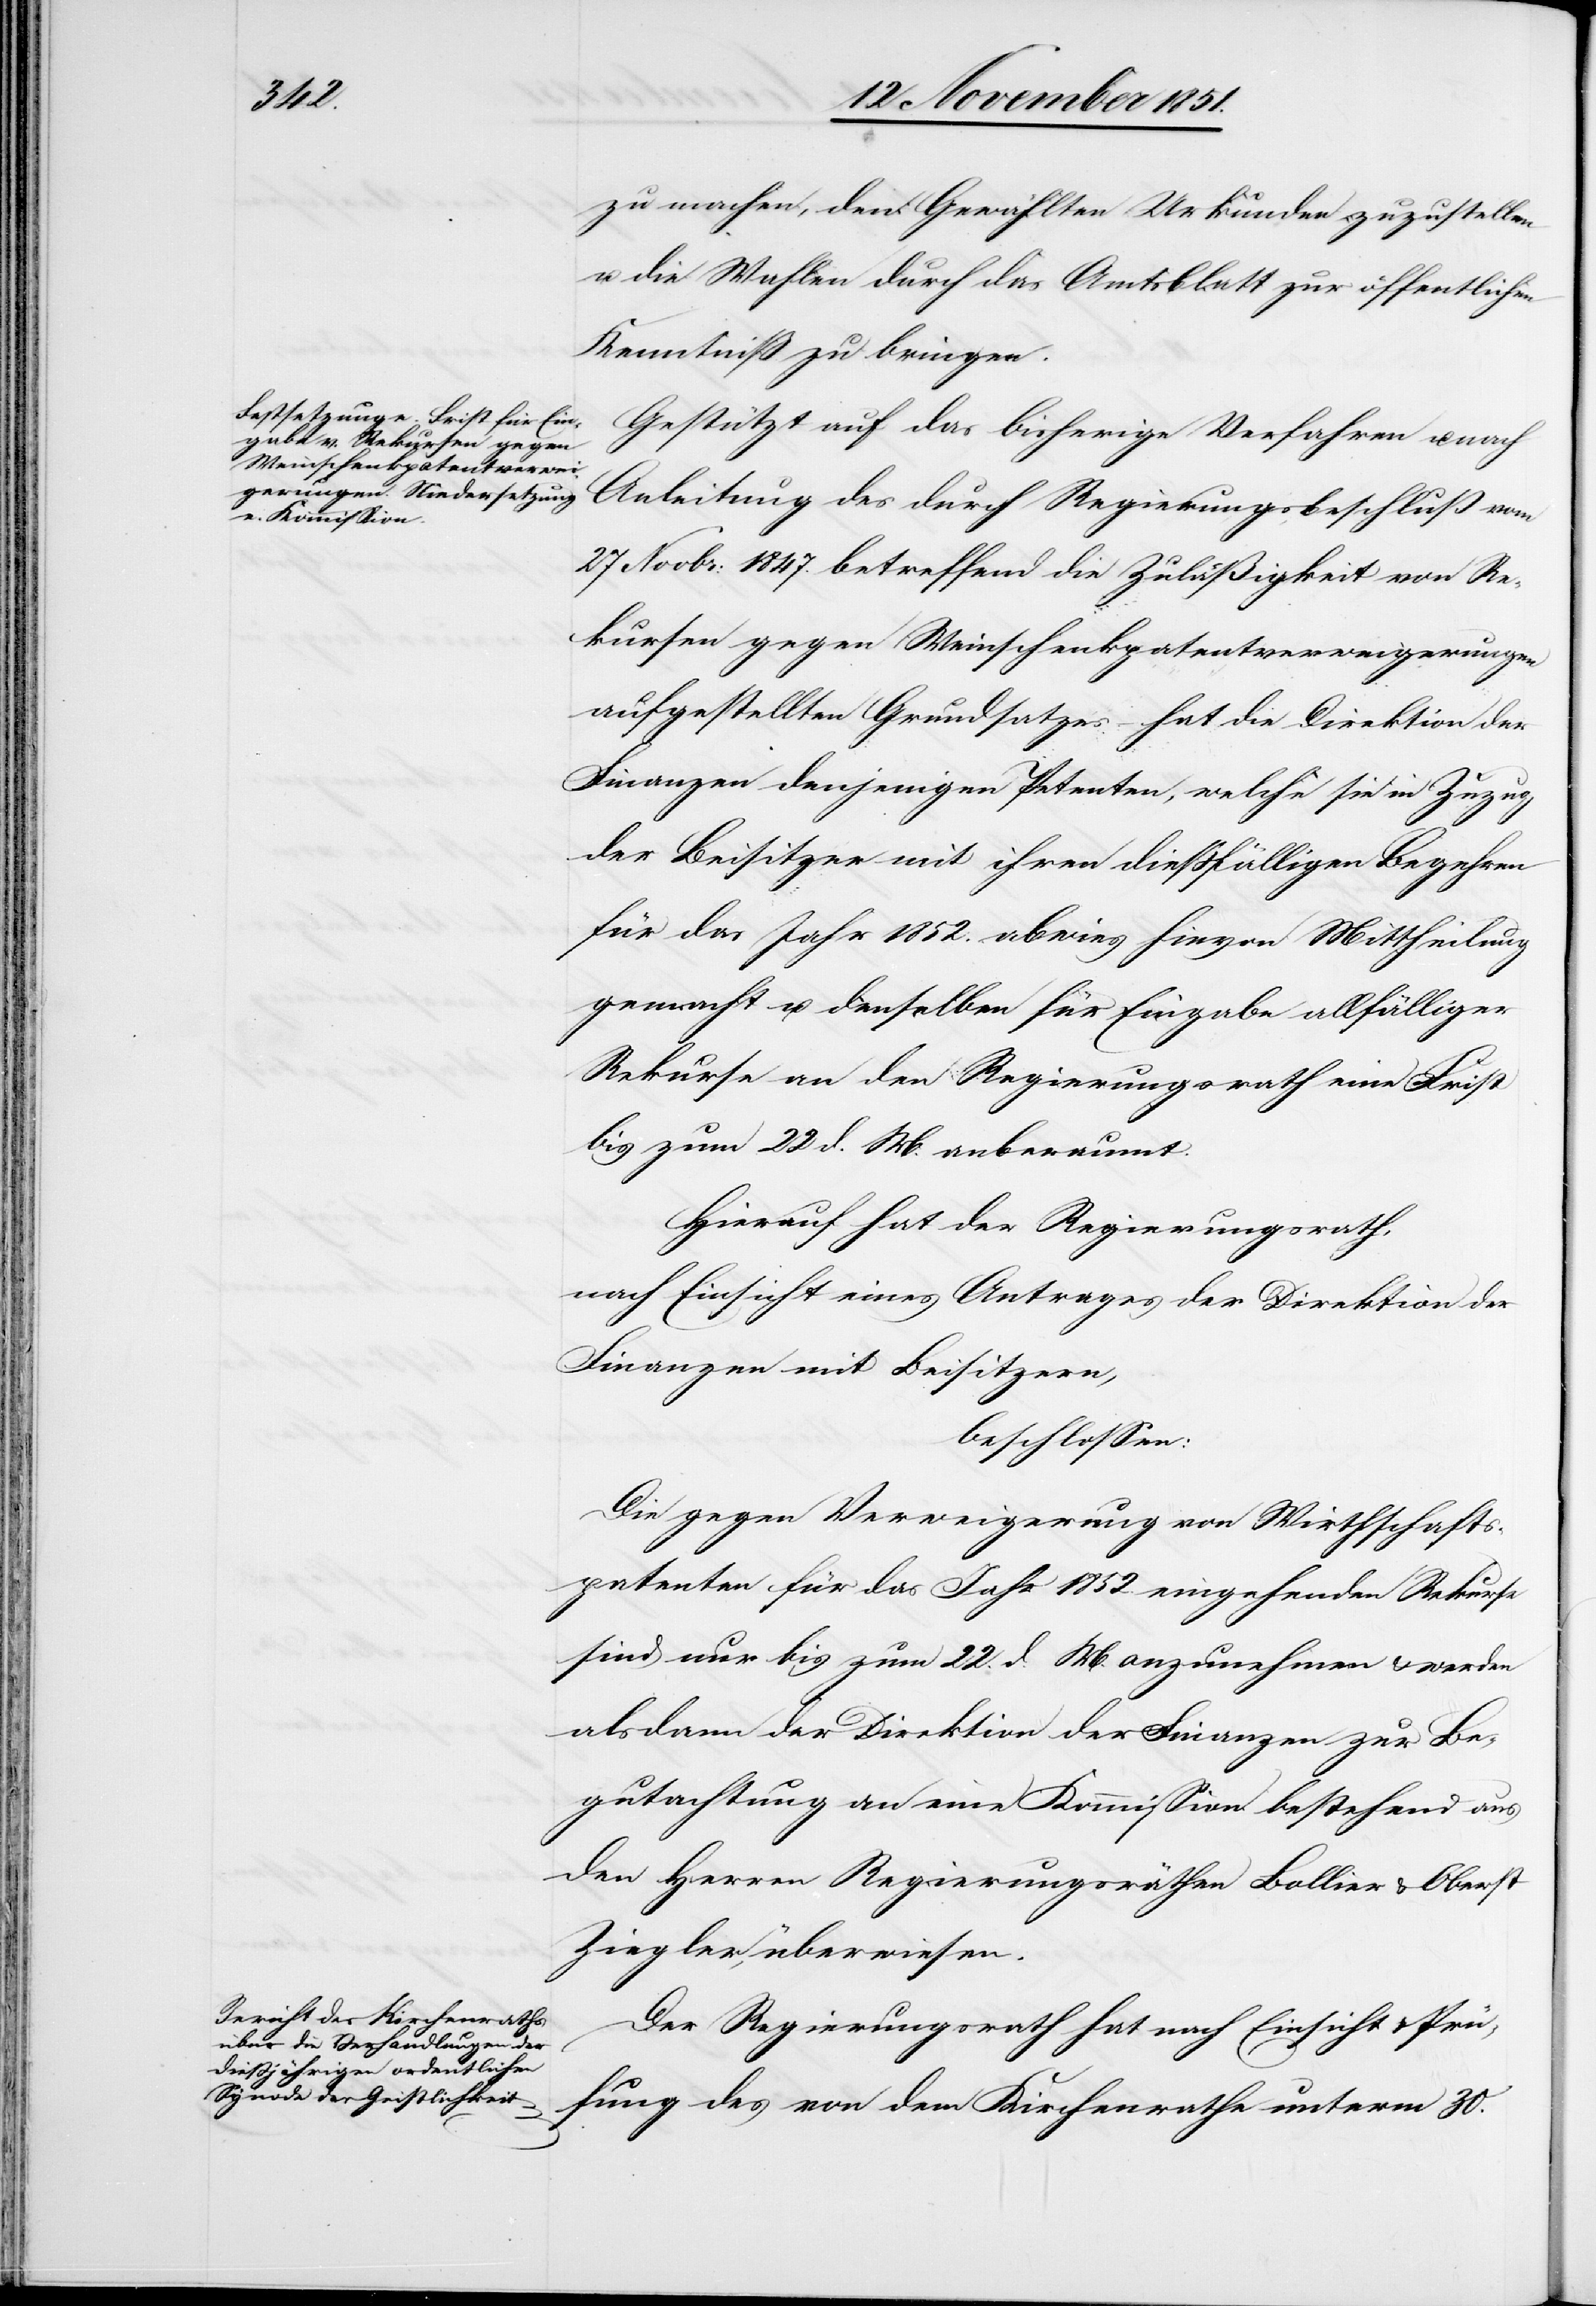
zu machen, den Gewählten Urkunden zuzustellen
u. die Wahlen durch das Amtsblatt zur öffentlichen
Kenntniß zu bringen.
Gestützt auf das bisherige Verfahren u. nach
Anleitung des durch Regierungsbeschluß vom
27 Novbr: 1847. betreffend die Zuläßigkeit von Re¬
kursen gegen Weinschenkpatentverweigerungen
aufgestellten Grundsatzes – hat die Direktion der
Finanzen denjenigen Petenten, welche sie in Zuzug
der Beisitzer mit ihren dießfälligen Begehren
für das Jahr 1852. abwies hievon Mittheilung
gemacht u. denselben für Eingabe allfälliger
Rekurse an den Regierungsrath eine Frist
bis zum 22 d. M. anberaumt.
Hierauf hat der Regierungsrath,
nach Einsicht eines Antrages der Direktion der
Finanzen mit Beisitzern,
beschlossen:
Die gegen Verweigerung von Wirthschafts¬
patenten für das Jahr 1852. eingehenden Rekurse
sind nur bis zum 22. d. M. anzunehmen & werden
alsdann der Direktion der Finanzen zur Be¬
gutachtung an eine Kommission bestehend aus
den Herren Regierungsräthen Bollier & Oberst
Ziegler, überwiesen.
Der Regierungsrath hat nach Einsicht & Prü¬
fung des von dem Kirchenrathe unterm 30.